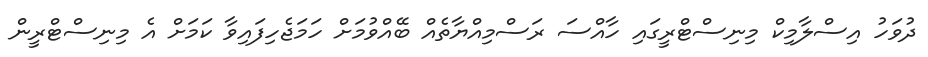
ދުވަހު އިސްލާމިކް މިނިސްޓްރީގައި ހާއްސަ ރަސްމިއްޔާތެއް ބޭއްވުމަށް ހަމަޖެހިފައިވާ ކަމަށް އެ މިނިސްޓްރީން